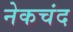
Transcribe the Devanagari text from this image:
नेकचंद